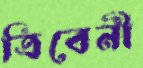
ত্রিবেনী